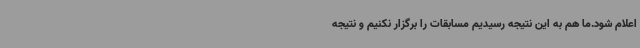
اعلام شود.ما هم به این نتیجه رسیدیم مسابقات را برگزار نکنیم و نتیجه